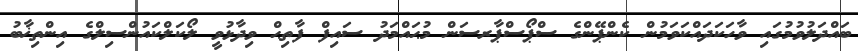
ބައްދަލުވުމުގައި ވާހަކަދައްކަވަމުން ކެންޕޭންގެ ސްޕޯސްޕާރސަން މުޙައްމަދު ސައިފް ފާތިޙް ވިދާޅުވީ ލޯކަލްކައުންސިލްގެ އިންތިޚާބު